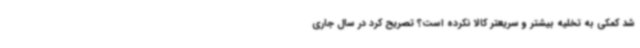
شد کمکی به تخلیه بیشتر و سریعتر کالا نکرده است؟ تصریح کرد در سال جاری